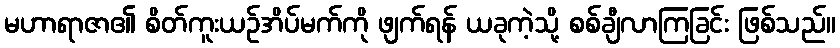
မဟာရာဇာ၏ စိတ်ကူးယဉ်အိပ်မက်ကို ဖျက်ရန် ယခုကဲ့သို့ စစ်ချီလာကြခြင်း ဖြစ်သည်။